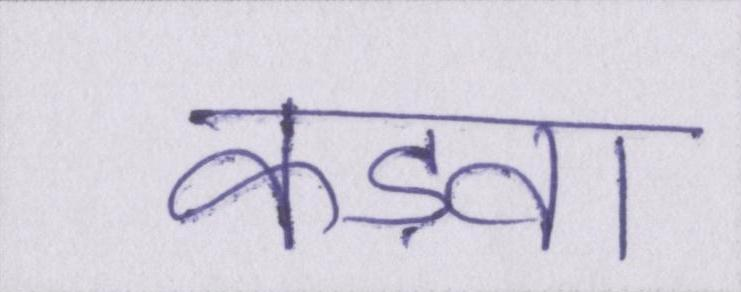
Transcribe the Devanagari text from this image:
कड़वा